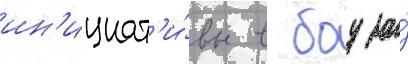
ин'ициат'и́вы в боу за́